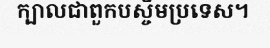
ក្បាលជាពួកបស្ចឹមប្រទេស។